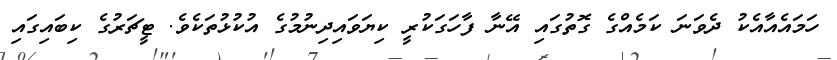
ހަމައެއާއެކު ދެވަނަ ކަމެއްގެ ގޮތުގައި އޭނާ ފާހަގަކުރީ ކިޔަވައިދިނުމުގެ އުކުޅުތަކެވެ. ޓީޗަރުގެ ކިބައިގައި